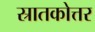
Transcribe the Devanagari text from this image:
स्रातकोत्तर